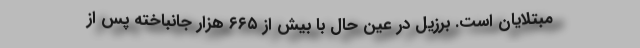
مبتلایان است. برزیل در عین حال با بیش از ۶۶۵ هزار جانباخته پس از